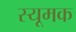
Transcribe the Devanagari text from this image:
स्यूमक